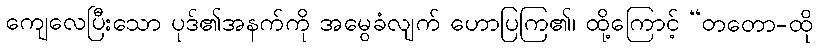
ကျေလေပြီးသော ပုဒ်၏အနက်ကို အမွေခံလျက် ဟောပြကြ၏၊ ထို့ကြောင့် “တတော-ထို